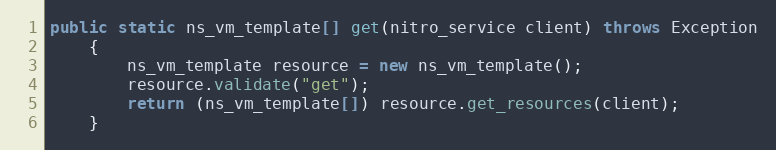
Language: Java
public static ns_vm_template[] get(nitro_service client) throws Exception
	{
		ns_vm_template resource = new ns_vm_template();
		resource.validate("get");
		return (ns_vm_template[]) resource.get_resources(client);
	}